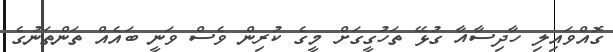
ގޮއްވައިލި ހާދިސާއާ ގުޅޭ ތަހުގީގަށް މީގެ ކުރިން ވެސް ވަނީ ބައެއް ތަންތަނުގެ